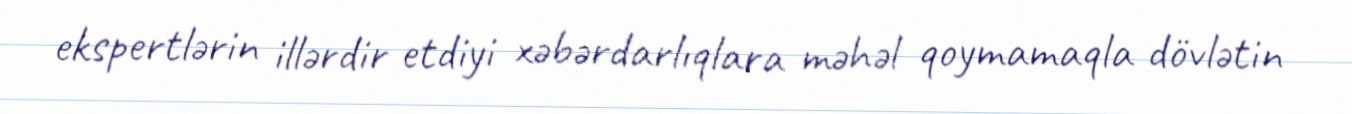
ekspertlərin illərdir etdiyi xəbərdarlıqlara məhəl qoymamaqla dövlətin